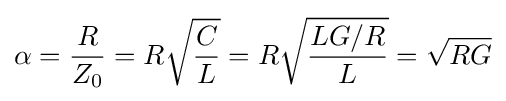
\alpha ={\frac {R}{Z_{0}}}=R{\sqrt {\frac {C}{L}}}=R{\sqrt {\frac {LG/R}{L}}}={\sqrt {RG}}